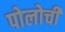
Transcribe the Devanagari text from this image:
पोलोची